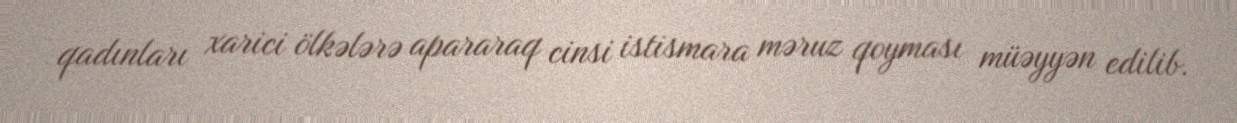
qadınları xarici ölkələrə apararaq cinsi istismara məruz qoyması müəyyən edilib.